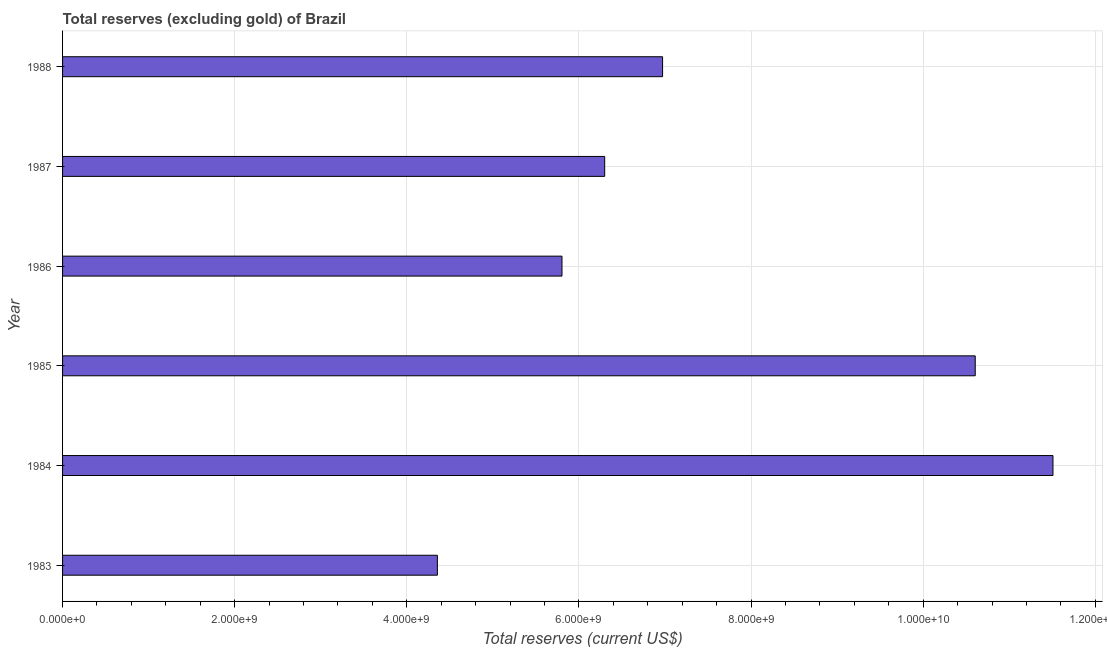
| Year | Total reserves minus gold (current US$) |
 | --- | --- |
 | 1983 | 4.36e+09 |
 | 1984 | 1.15e+10 |
 | 1985 | 1.06e+10 |
 | 1986 | 5.8e+09 |
 | 1987 | 6.3e+09 |
 | 1988 | 6.97e+09 |